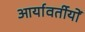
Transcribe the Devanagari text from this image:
आर्यावर्तीयों